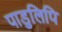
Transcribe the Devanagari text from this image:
पाडुलिपि